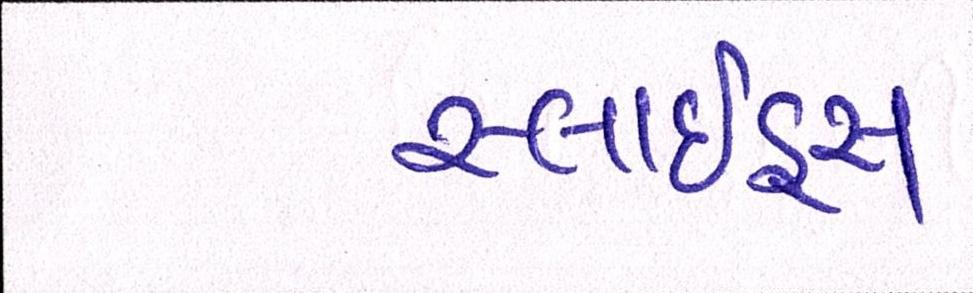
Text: સ્લાઇડ્સ